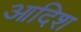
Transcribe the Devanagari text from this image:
आदिश